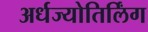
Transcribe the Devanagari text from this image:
अर्धज्योतिर्लिंग